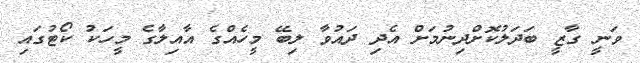
ވަނީ ގާޒީ ބަދަލުކޮށްދިނުމަށް އެދި ދައުވާ ލިބޭ މީހެއްގެ އާއިލާގެ މީހަކު ކޯޓުގައި